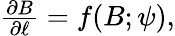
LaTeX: \begin{array}{r}{\frac{\partial B}{\partial\ell}=f(B;\psi),}\end{array}